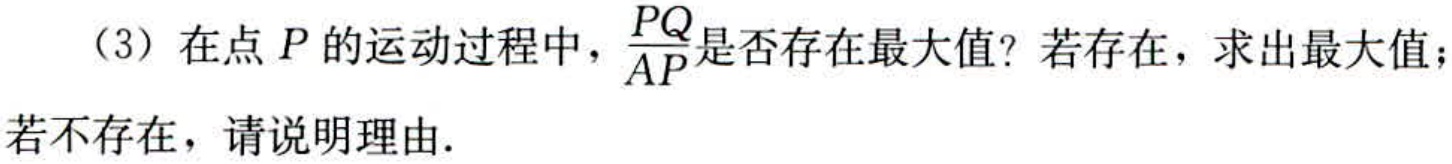
（3）在点\(P\)的运动过程中，\(\frac{PQ}{AP}\)是否存在最大值？若存在，求出最大值；若不存在，请说明理由.